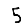
Digit: 5